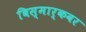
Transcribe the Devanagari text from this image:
बिस्मार्कवर